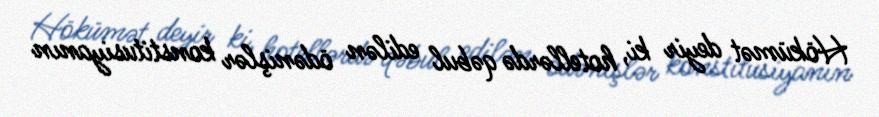
Hökümət deyir ki, hotellərdə qəbul edilən ödənişlər konstitusiyanın